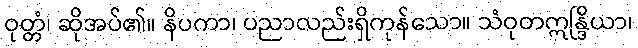
ဝုတ္တံ၊ ဆိုအပ်၏။ နိပကာ၊ ပညာလည်းရှိကုန်သော။ သံဝုတဣန္ဒြိယာ၊